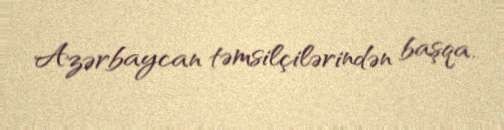
Azərbaycan təmsilçilərindən başqa.